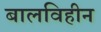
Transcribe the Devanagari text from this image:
बालविहीन